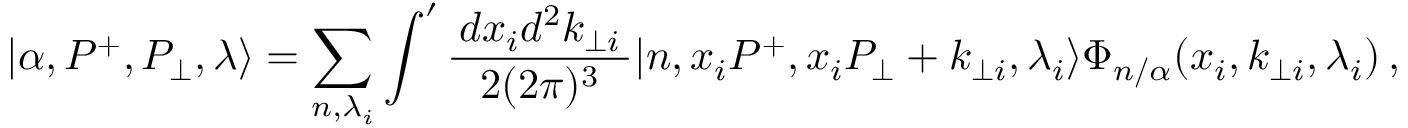
| \alpha , P ^ { + } , P _ { \bot } , \lambda \rangle = \sum _ { n , \lambda _ { i } } \int ^ { \prime } \frac { \, d x _ { i } d ^ { 2 } k _ { \bot i } \, } { 2 ( 2 \pi ) ^ { 3 } } | n , x _ { i } P ^ { + } , x _ { i } P _ { \bot } + k _ { \bot i } , \lambda _ { i } \rangle \Phi _ { n / \alpha } ( x _ { i } , k _ { \bot i } , \lambda _ { i } ) \, ,